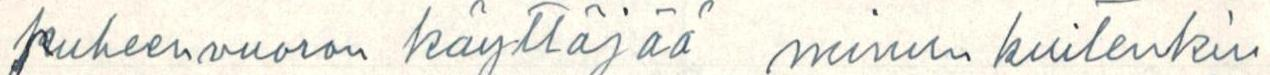
puheenvuoron käyttäjää minun kuitenkin